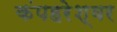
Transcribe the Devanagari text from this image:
कंपहरेश्वर